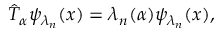
\hat { T } _ { \alpha } \psi _ { \lambda _ { n } } ( x ) = \lambda _ { n } ( \alpha ) \psi _ { \lambda _ { n } } ( x ) ,